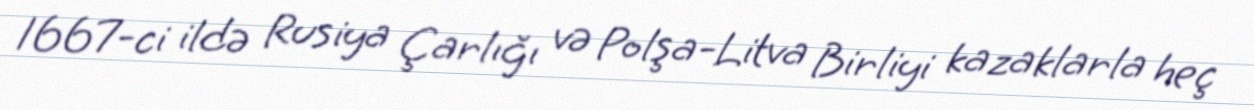
1667-ci ildə Rusiya Çarlığı və Polşa-Litva Birliyi kazaklarla heç